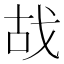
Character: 𢦮